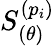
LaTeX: S_{(\theta)}^{(p_{i})}